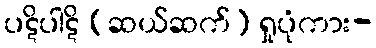
ပဋိပါဋိ (ဆယ်ဆက်) ရှုပုံကား-